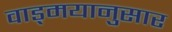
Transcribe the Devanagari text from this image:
वाड्मयानुसार